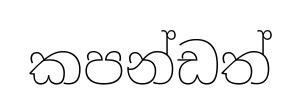
කපන්ඩත්